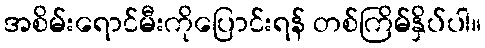
အစိမ်းရောင်မီးကိုပြောင်းရန် တစ်ကြိမ်နှိပ်ပါ။